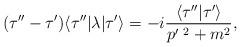
LaTeX: \begin{align*}(\tau''-\tau')\langle\tau''|\lambda|\tau'\rangle=-i{\langle\tau''|\tau'\rangle\over p'^{\ 2}+m^2},\end{align*}